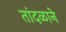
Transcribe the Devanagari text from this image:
तांदळाने